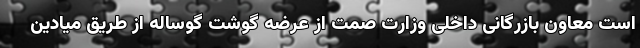
است معاون بازرگانی داخلی وزارت صمت از عرضه گوشت گوساله از طریق میادین